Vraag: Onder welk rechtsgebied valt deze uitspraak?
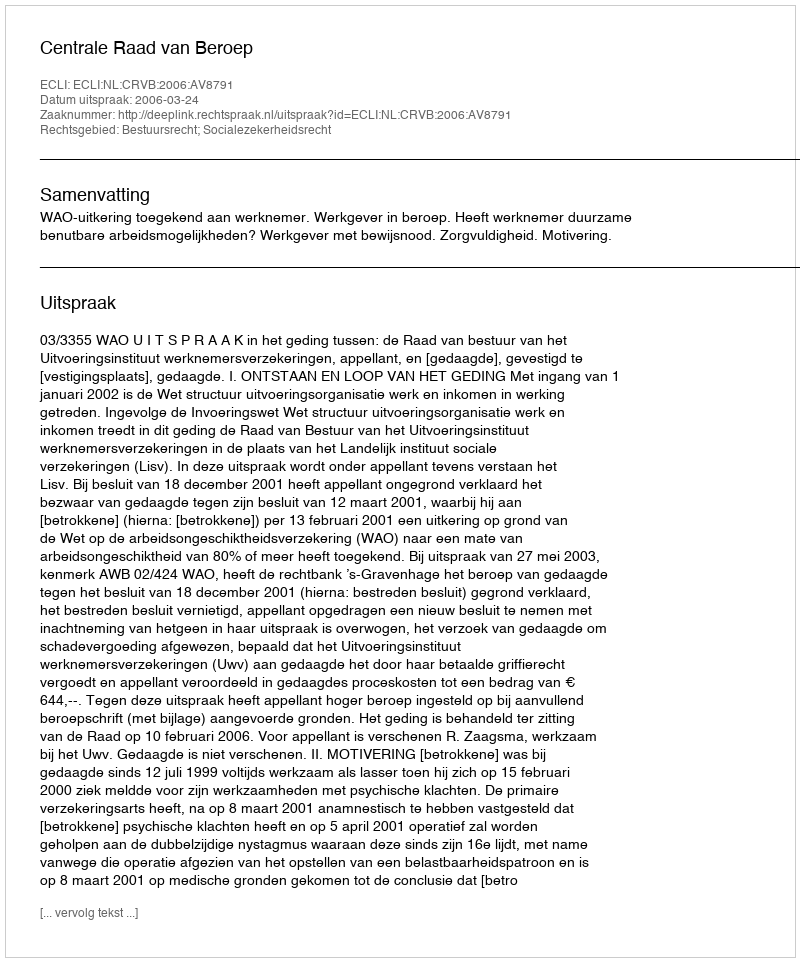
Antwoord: Bestuursrecht; Socialezekerheidsrecht